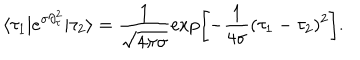
\langle \tau _ { 1 } | e ^ { \sigma \partial _ { \tau } ^ { 2 } } | \tau _ { 2 } \rangle = \frac { 1 } { \sqrt { 4 \pi \sigma } } \exp \left[ - \frac { 1 } { 4 \sigma } ( \tau _ { 1 } - \tau _ { 2 } ) ^ { 2 } \right] .